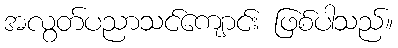
အလွတ်ပညာသင်ကျောင်း ဖြစ်ပါသည်။